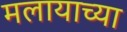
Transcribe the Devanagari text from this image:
मलायाच्या